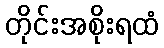
တိုင်းအစိုးရထံ